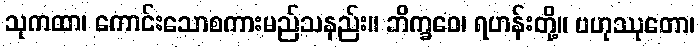
သုကထာ၊ ကောင်းသောစကားမည်သနည်း။ ဘိက္ခဝေ၊ ရဟန်းတို့။ ဗဟုဿုတော၊